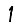
Digit: 1